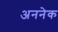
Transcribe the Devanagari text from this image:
अननेक